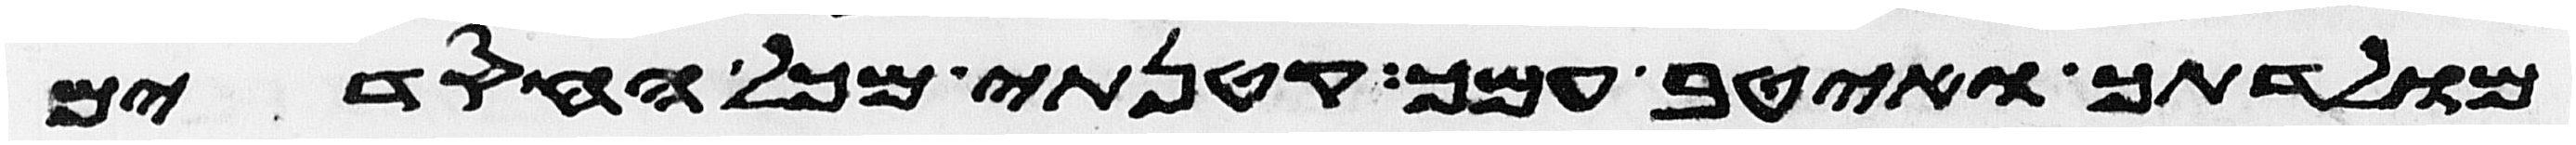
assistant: מולדתך ואטיב עמך קטנתי מכל החסדים